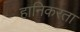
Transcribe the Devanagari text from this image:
हानिकरता